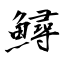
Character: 鱘